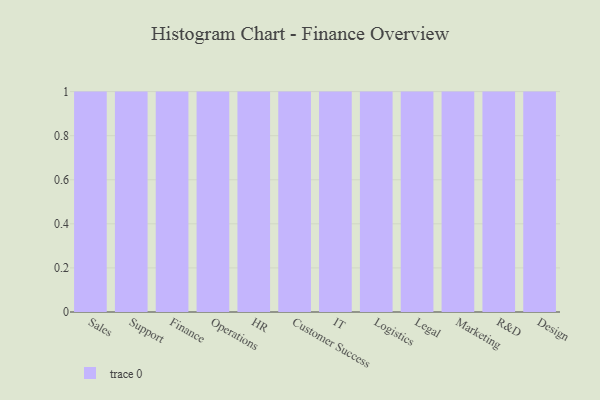
{"axis": {"x": "Department", "y": "Churn Rate (%)"}, "legend": [""], "data": [{"x": "Sales", "y": 2, "type": ""}, {"x": "Support", "y": 27, "type": ""}, {"x": "Finance", "y": 27, "type": ""}, {"x": "Operations", "y": 55, "type": ""}, {"x": "HR", "y": 68, "type": ""}, {"x": "Customer Success", "y": 30, "type": ""}, {"x": "IT", "y": 16, "type": ""}, {"x": "Logistics", "y": 12, "type": ""}, {"x": "Legal", "y": 40, "type": ""}, {"x": "Marketing", "y": 80, "type": ""}, {"x": "R&D", "y": 86, "type": ""}, {"x": "Design", "y": 1, "type": ""}]}